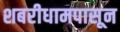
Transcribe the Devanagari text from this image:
शबरीधामपासून